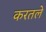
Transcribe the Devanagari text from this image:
करतले